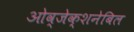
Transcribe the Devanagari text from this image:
ओव्जेक्शनेबिल